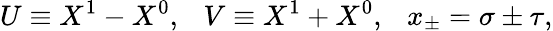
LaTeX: U\equiv X^{1}-X^{0},\ \ \ V\equiv X^{1}+X^{0},\ \ \ x_{\pm}=\sigma\pm\tau,